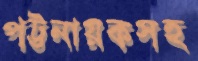
পট্টনায়কসহ